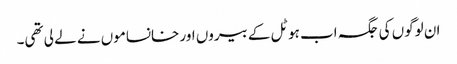
ان لوگوں کی جگہ اب ہوٹل کے بیروں اور خانساموں نے لے لی تھی۔